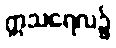
ဣသရေလ၌